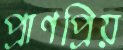
প্রাণপ্রিয়